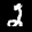
Label: 2